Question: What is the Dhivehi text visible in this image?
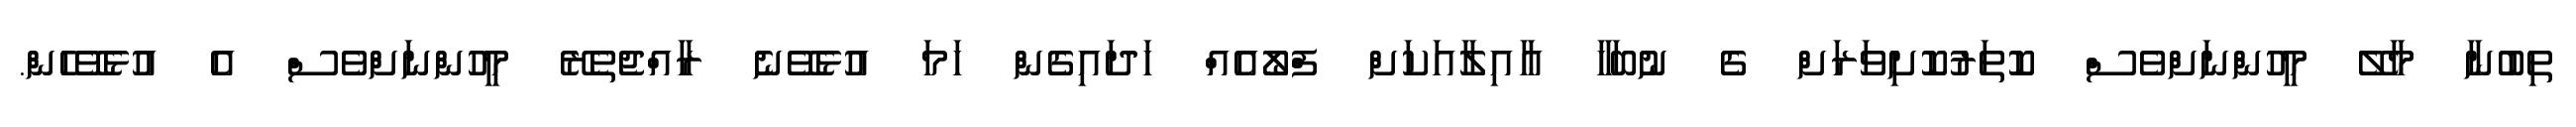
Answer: ތިބުނާ މާލޭ މީހުންނަށްވެސް ކޮތަރުކޮށިވަރަށް ގެ ނުބަހާ ޢާއިލާއަކަށް ފްލޯއެއް ހަދައިގެން ހަމަ އުޅެވޭނެ ރާއްޖެތެރޭ މީހުންނަށްވެސް އެ އުޅެވޭހެން.